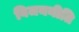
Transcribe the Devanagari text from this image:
विजयनीति